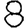
Digit: 8